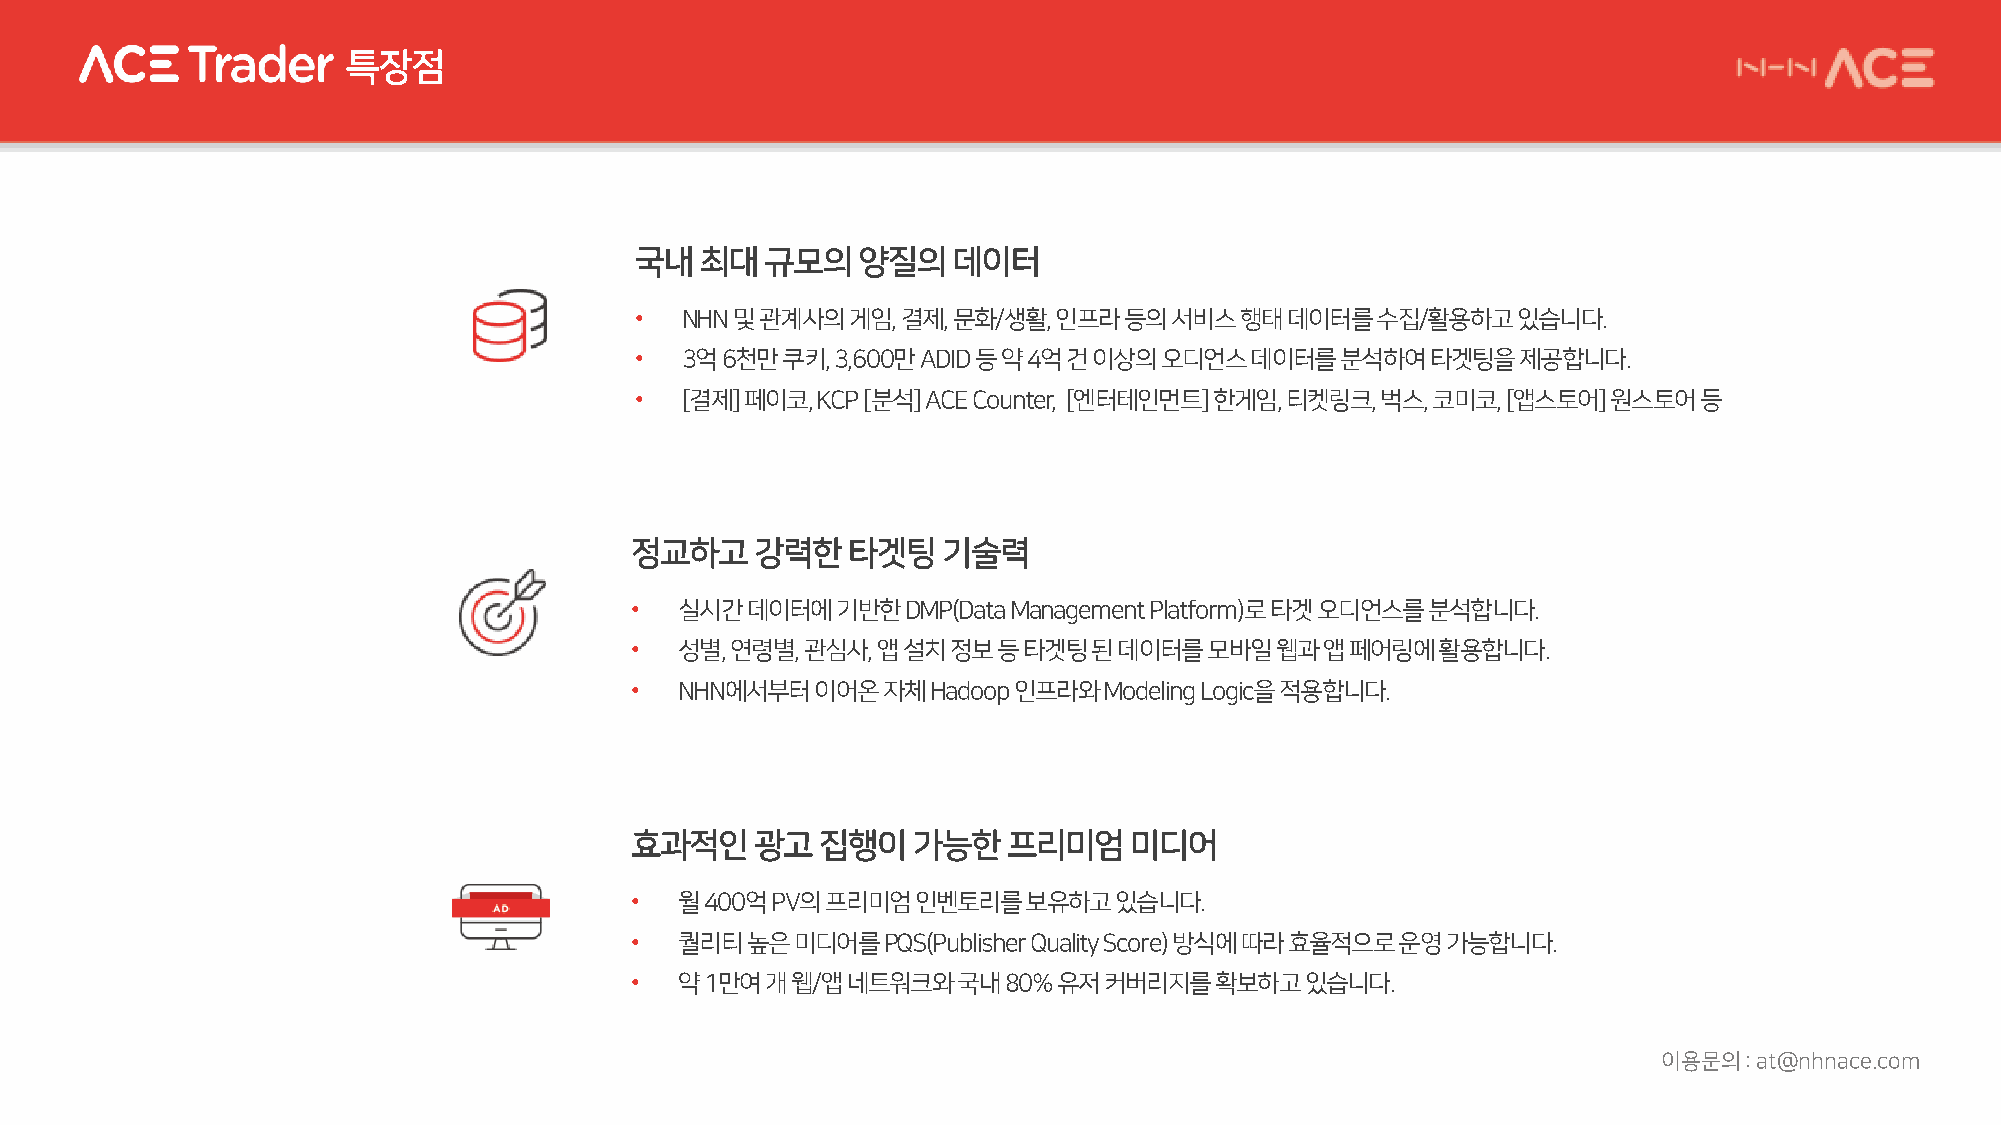
특장점
 국내최대규모의양질의데이터
 •  NHN 및관계사의게임,   결제, 문화/생활, 인프라등의서비스행태데이터를수집/활용하고있습니다.
 •  3억6천만쿠키,  3,600만ADID 등약4억건이상의오디언스데이터를분석하여타겟팅을제공합니다.
 •  [결제] 페이코, KCP [분석] ACE Counter, [엔터테인먼트] 한게임, 티켓링크, 벅스, 코미코, [앱스토어] 원스토어등
 정교하고강력한타겟팅기술력
 •  실시간데이터에기반한DMP(Data    Management Platform)로타겟오디언스를분석합니다.
 •  성별, 연령별, 관심사, 앱설치정보등타겟팅된데이터를모바일웹과앱페어링에활용합니다.
 •  NHN에서부터이어온자체Hadoop    인프라와Modeling Logic을적용합니다.
 효과적인광고집행이가능한프리미엄미디어
 •  월400억PV의프리미엄인벤토리를보유하고있습니다.
 •  퀄리티높은미디어를PQS(Publisher Quality Score) 방식에따라효율적으로운영가능합니다.
 •  약1만여개웹/앱네트워크와국내80%       유저커버리지를확보하고있습니다.
 이용문의: at@nhnace.com